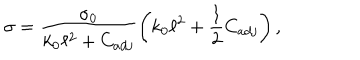
\sigma = \frac { \sigma _ { 0 } } { k _ { 0 } \ell ^ { 2 } + C _ { a d j } } \left( k _ { 0 } \ell ^ { 2 } + \frac { 1 } { 2 } C _ { a d j } \right) ,